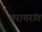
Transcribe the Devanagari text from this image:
चराचरांत